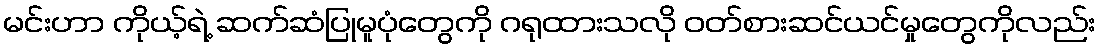
မင်းဟာ ကိုယ့်ရဲ့ ဆက်ဆံပြုမူပုံတွေကို ဂရုထားသလို ဝတ်စားဆင်ယင်မှုတွေကိုလည်း